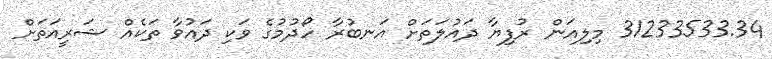
31233533.34 މިލިއަން ރުފިޔާ ދައުލަތަށް އަނބުރާ ހޯދުމުގެ ވަކި ދައުވާ ތަކެއް ޝަރީއަތަށް